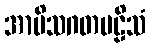
အာမိသဂတဗဠိသံ